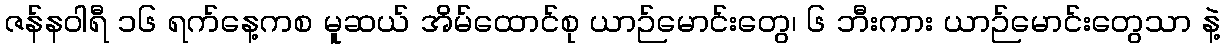
ဇန်နဝါရီ ၁၆ ရက်နေ့ကစ မူဆယ် အိမ်ထောင်စု ယာဉ်မောင်းတွေ၊ ၆ ဘီးကား ယာဉ်မောင်းတွေသာ နဲ့